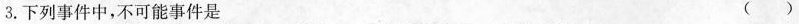
3.下列事件中，不可能事件是 ()